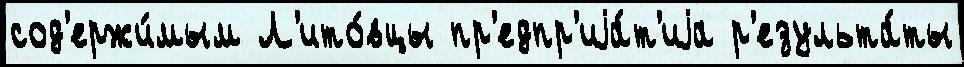
сод'ержи́мым Л'ито́вцы пр'едпр'иjа́т'иjа р'езульта́ты